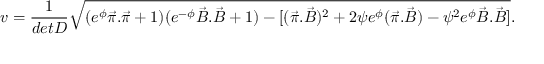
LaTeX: v = \frac { 1 } { d e t D } \sqrt { ( e ^ { \phi } \vec { \pi } . \vec { \pi } + 1 ) ( e ^ { - \phi } \vec { B } . \vec { B } + 1 ) - [ ( \vec { \pi } . \vec { B } ) ^ { 2 } + 2 \psi e ^ { \phi } ( \vec { \pi } . \vec { B } ) - \psi ^ { 2 } e ^ { \phi } \vec { B } . \vec { B } ] } .